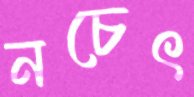
নচেৎ